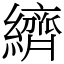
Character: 纃